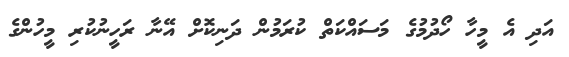
އަދި އެ މީހާ ހޯދުމުގެ މަސައްކަތް ކުރަމުން ދަނިކޮށް އޭނާ ރަހީނުކުރި މީހުންގެ